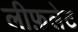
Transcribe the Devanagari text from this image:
लीफ़लेट